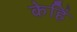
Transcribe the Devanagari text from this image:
केहिं